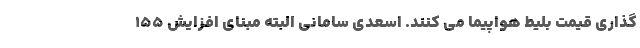
گذاری قیمت بلیط هواپیما می کنند. اسعدی سامانی البته مبنای افزایش ۱۵۵